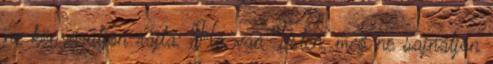
ne könyörüljön rajta: Ha van Isten, meg ne sajnáljon